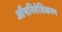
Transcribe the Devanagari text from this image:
औपनिवेशिकरण